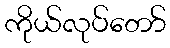
ကိုယ်လုပ်တော်